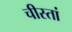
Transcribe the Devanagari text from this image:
चीस्तां